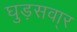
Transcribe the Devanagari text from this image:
घुड़सवा्र